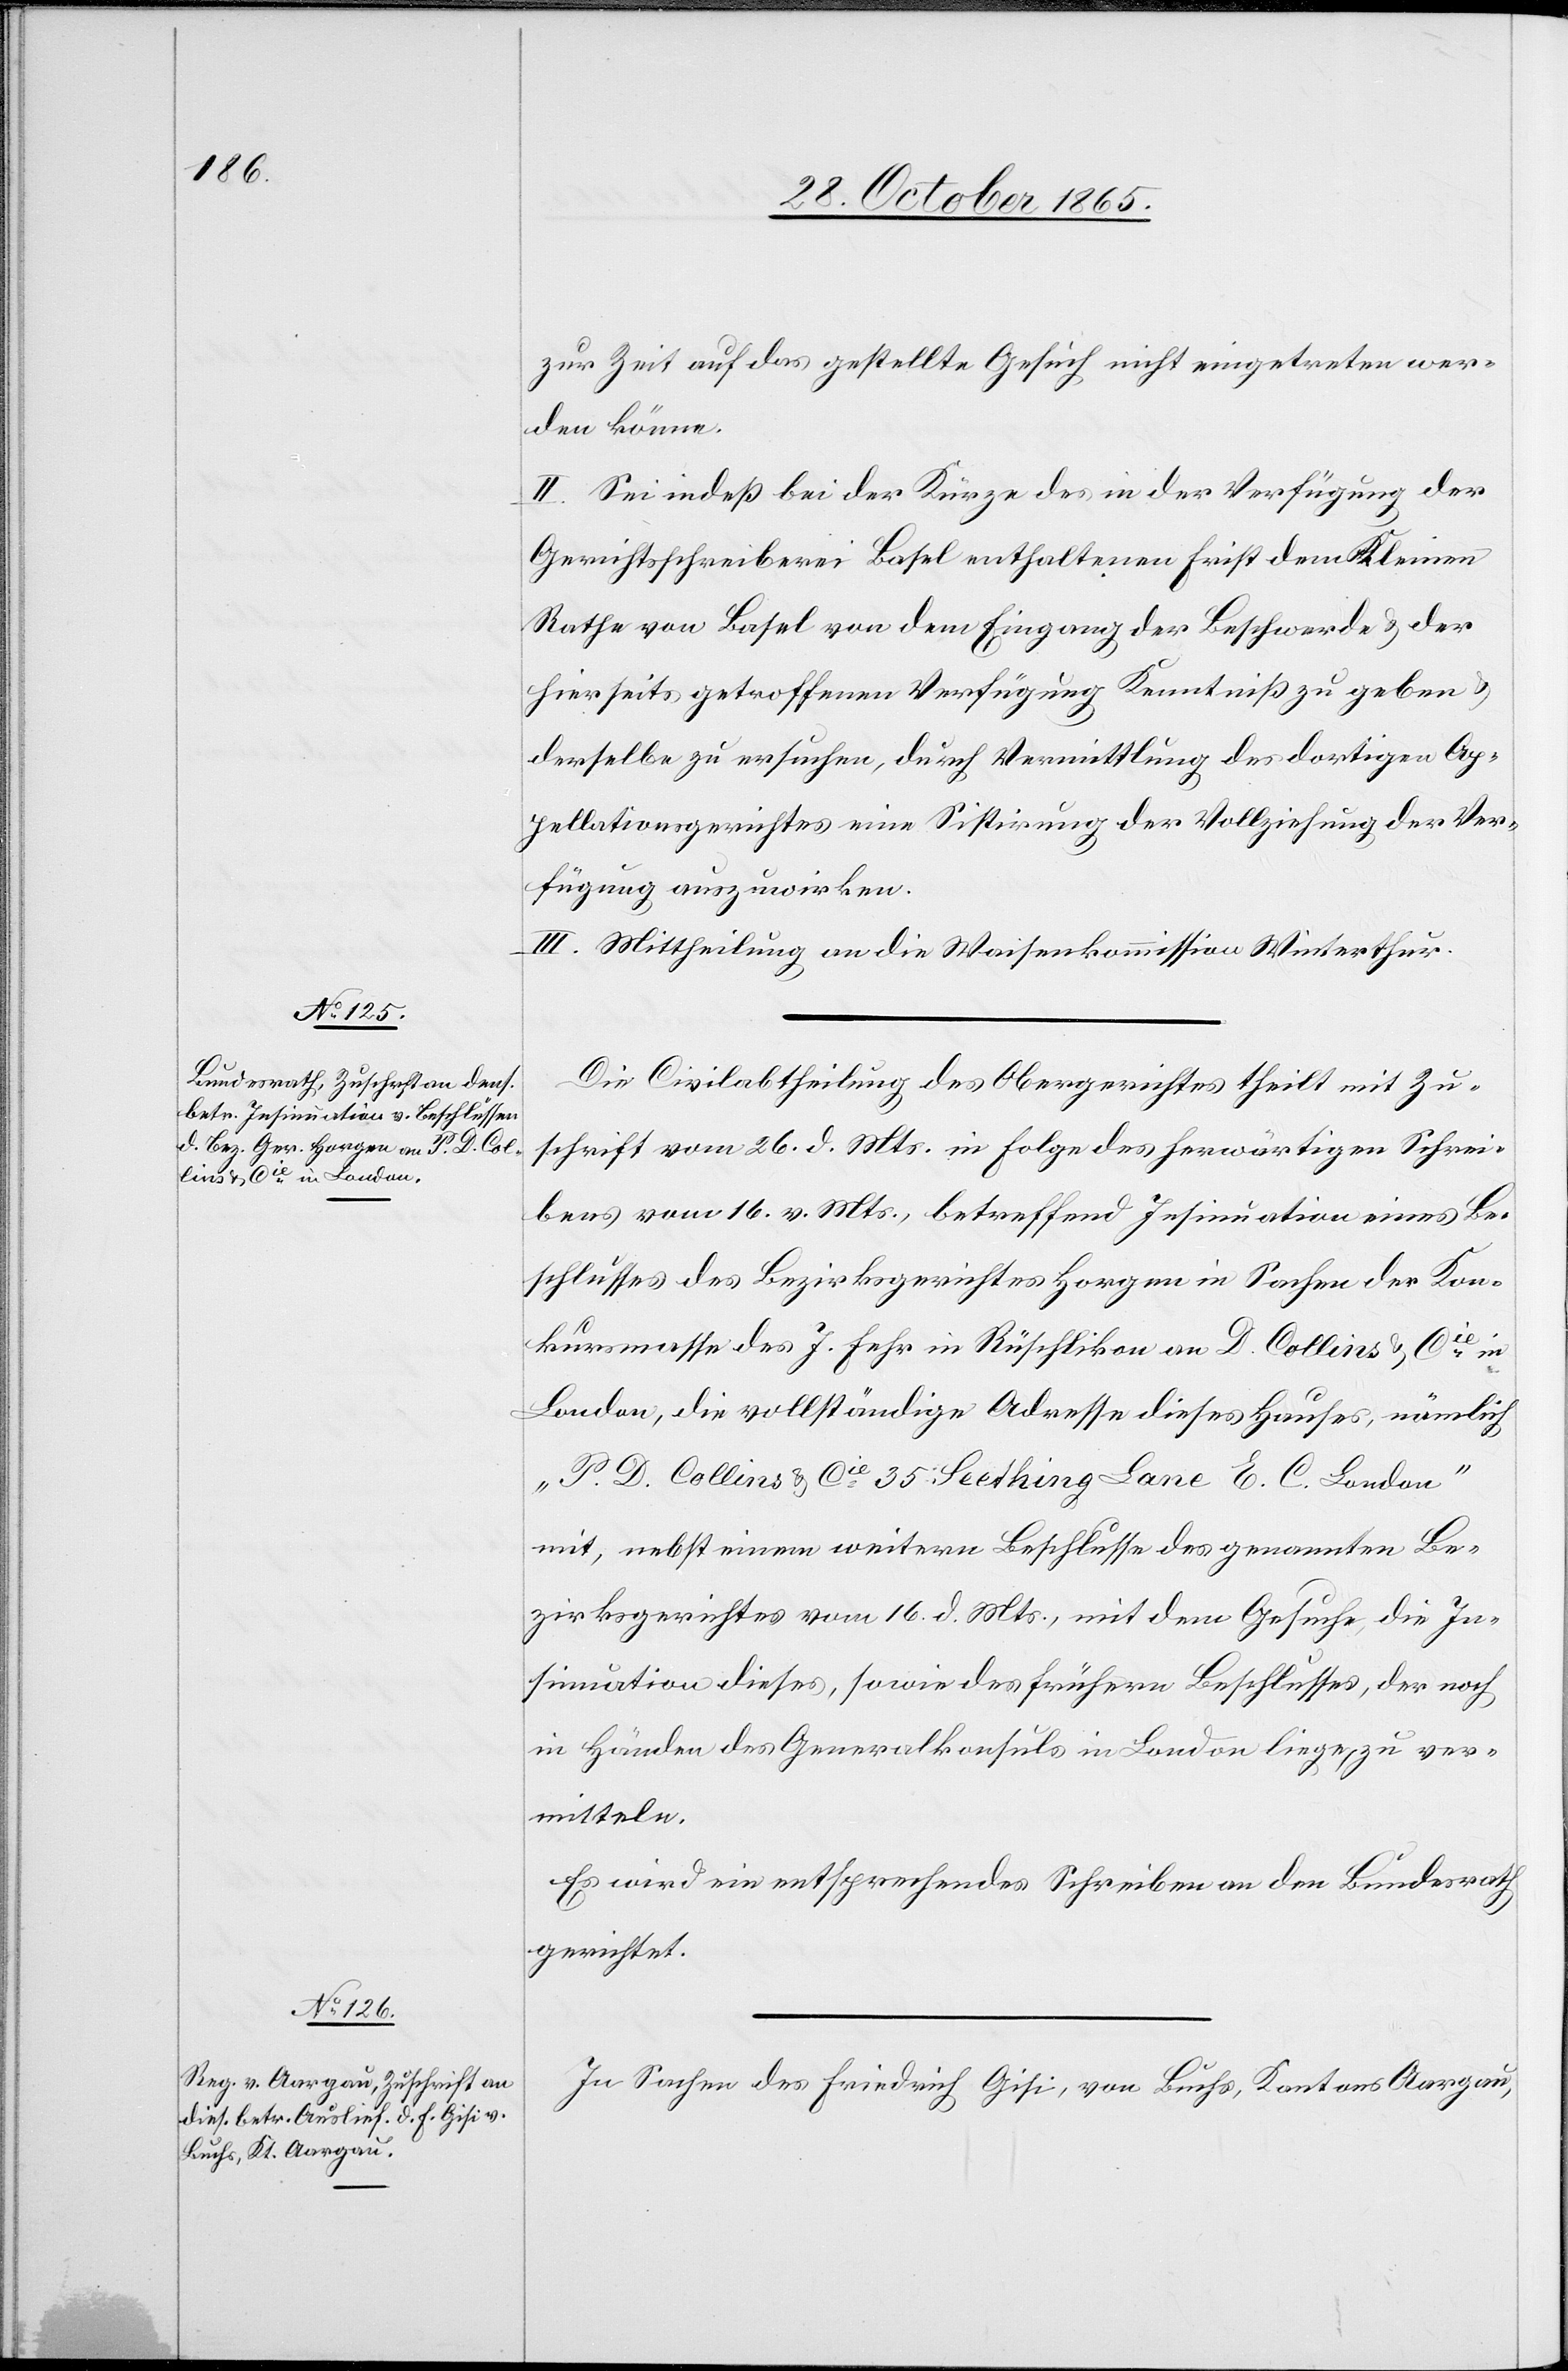
30. October 1865.]
zur Zeit auf das gestellte Gesuch nicht eingetreten wer¬
den könne.
II. Sei indeß bei der Kürze der in der Verfügung der
Gerichtsschreiberei Basel enthaltenen Frist dem Kleinen
Rathe von Basel von dem Eingang der Beschwerde & der
hierseits getroffenen Verfügung Kenntniß zu geben
derselbe zu ersuchen, durch Vermittlung des dortigen Ap¬
pellationsgerichtes eine Sistirung der Vollziehung der Ver¬
fügung auszuwirken.
III. Mittheilung an die Waisenkommission Winterthur.
Die Civilabtheilung des Obergerichtes theilt mit Zu¬
schrift vom 26. d. Mts. in Folge des herwärtigen Schrei¬
bens vom 16. v. Mts. betreffend Insinuation eines Be¬
schlusses des Bezirksgerichtes Horgen in Sachen der Kon¬
kursmasse des J. Fehr in Rüschlikon an D. Collins & Cie in
London, die vollständige Adresse dieses Hauses, nämlich
„P. D. Collins & Cie 35 Seething Lane E. C. London“
mit, nebst einem weitern Beschlusse des genannten Be¬
zirksgerichtes vom 16. d. Mts., mit dem Gesuche, die In¬
sinuation dieses, sowie des frühern Beschlusses, der noch
in Händen des Generalkonsuls in London liege, zu ver¬
mitteln.
Es wird ein entsprechendes Schreiben an den Bundesrath
gerichtet.
In Sachen des Friedrich Gisi, von Buchs, Kantons Aargau,